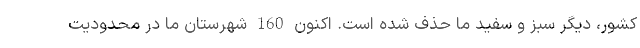
کشور، دیگر سبز و سفید ما حذف شده است. اکنون 160 شهرستان ما در محدودیت